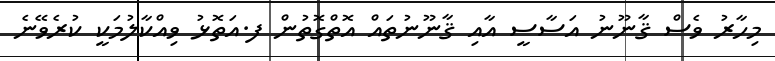
މިހާރު ވެސް ޤާނޫނު އަސާސީ އާއި ޤާނޫނުތައް އޮތްގޮތުން ފ.އަތޮޅު ވިއްކާލުމަކީ ކުރެވޭނެ